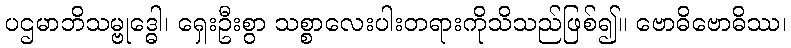
ပဌမာဘိသမ္ဗုဒ္ဓေါ၊ ရှေးဦးစွာ သစ္စာလေးပါးတရားကိုသိသည်ဖြစ်၍။ ဗောဓိဗောဓိဿ၊